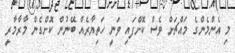
މި އެންމެންގެ މައްޗަށް ވެސް ކޮށްފައި ވަނީ ހަތިޔާރެއް ބޭނުން ކޮށްގެން މާރާމާރީ